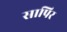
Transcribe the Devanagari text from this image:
सापिर